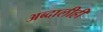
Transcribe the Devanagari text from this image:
अब्दालीही